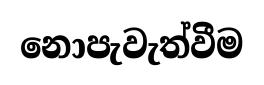
නොපැවැත්වීම